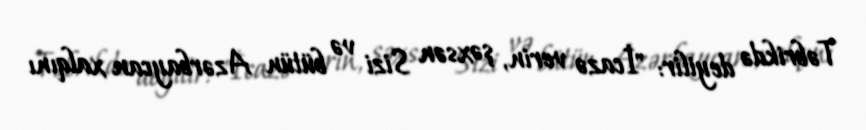
Təbrikdə deyilir: "İcazə verin, şəxsən Sizi və bütün Azərbaycan xalqını